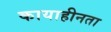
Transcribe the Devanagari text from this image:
कायाहीनता